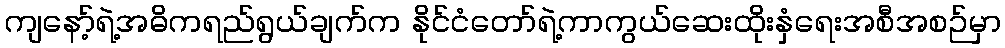
ကျနော့်ရဲ့အဓိကရည်ရွယ်ချက်က နိုင်ငံတော်ရဲ့ကာကွယ်ဆေးထိုးနှံရေးအစီအစဉ်မှာ